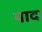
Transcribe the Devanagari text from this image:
याद